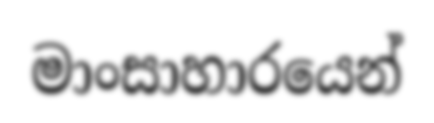
මාංසාහාරයෙන්